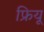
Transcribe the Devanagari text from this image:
फ्रियू